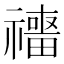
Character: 𥜑